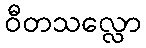
ဝီတသလ္လော